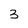
Character: 3